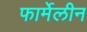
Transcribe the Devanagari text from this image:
फार्मेलीन